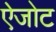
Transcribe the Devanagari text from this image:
ऐजोट